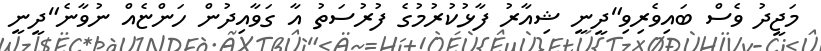
މަޖީދު ވެސް ބައިވެރިވި"ދީނީ ޝިއާރު ފާޅުކުރުމުގެ ފުރުސަތު އާ ގަވާއިދުން ހަންޏެއް ނުވާނެ"ދީނީ